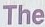
The